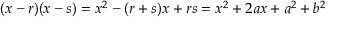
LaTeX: ( x - r ) ( x - s ) = x ^ { 2 } - ( r + s ) x + r s = x ^ { 2 } + 2 a x + a ^ { 2 } + b ^ { 2 }